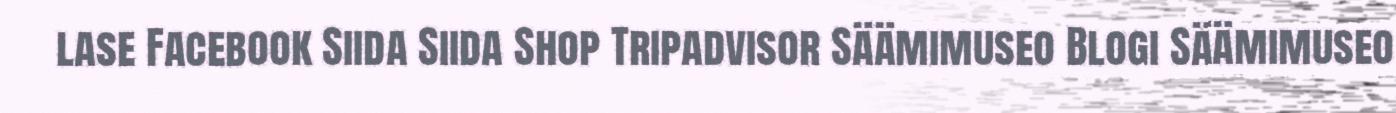
lase Facebook Siida Siida Shop Tripadvisor Säämimuseo Blogi Säämimuseo